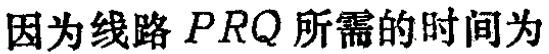
因为线路 \(PRQ\) 所需的时间为